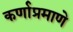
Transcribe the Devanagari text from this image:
कर्णाप्रमाणे